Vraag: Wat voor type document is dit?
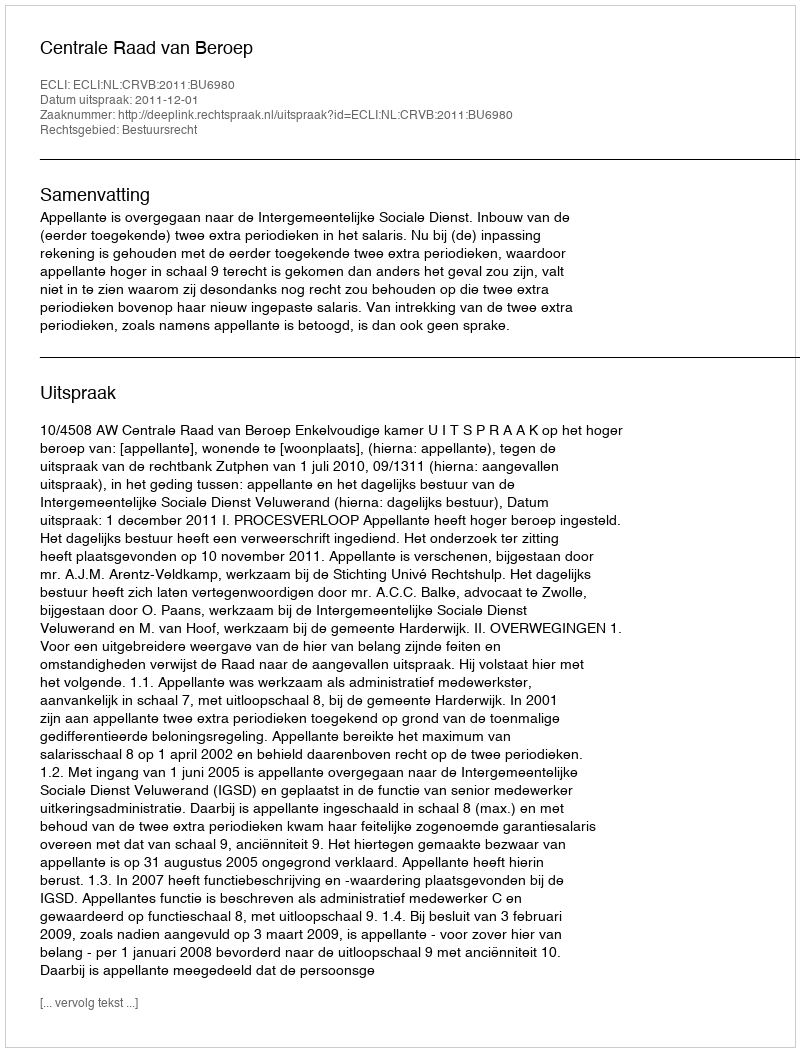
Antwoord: Uitspraak